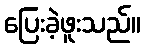
ပြေးခဲ့ဖူးသည်။